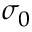
\sigma _ { 0 }